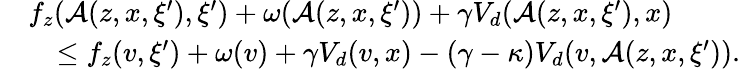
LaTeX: \begin{array}{rl}&{f_{z}(\mathcal{A}(z,x,\xi^{\prime}),\xi^{\prime})+\omega(\mathcal{A}(z,x,\xi^{\prime}))+\gamma V_{d}(\mathcal{A}(z,x,\xi^{\prime}),x)}\\ &{\quad\leq f_{z}(v,\xi^{\prime})+\omega(v)+\gamma V_{d}(v,x)-(\gamma-\kappa)V_{d}(v,\mathcal{A}(z,x,\xi^{\prime})).}\end{array}